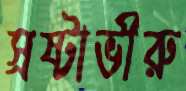
স্রষ্টাভীরু